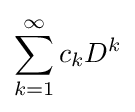
\sum _{k=1}^{\infty }c_{k}D^{k}